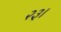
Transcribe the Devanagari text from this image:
२३।